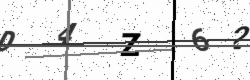
Text: D4Z62